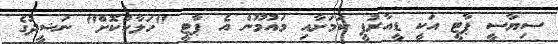
ސިޔާސީ ޕާޓީ އަކީ ޑީއާރުޕީ ކަމަށާއި މައުމޫން އެ ޕާޓީ "ހަލާކުކޮށް" ނަޝީދުގެ